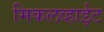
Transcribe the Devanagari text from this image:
मिकलव्हाईट